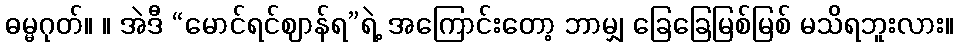
ဓမ္မဂုတ်။ ။ အဲဒီ “မောင်ရင်ဈာန်ရ”ရဲ့ အကြောင်းတော့ ဘာမျှ ခြေခြေမြစ်မြစ် မသိရဘူးလား။